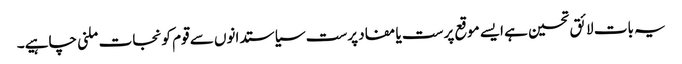
یہ بات لائق تحسین ہے ایسے موقع پرست یا مفاد پرست سیاستدانوں سے قوم کو نجات ملنی چاہیے۔